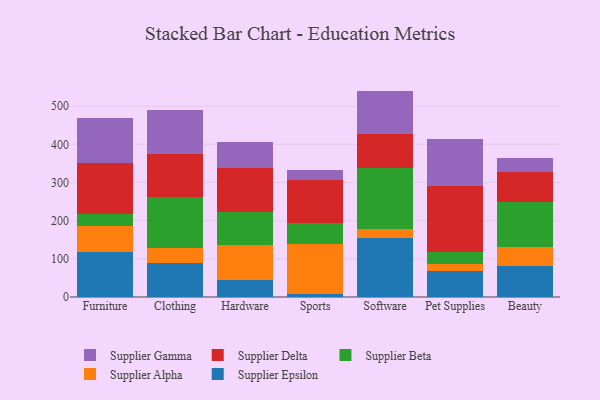
{"axis": {"x": "Category", "y": "Customer Acquisition Cost (USD)"}, "legend": ["Supplier Alpha", "Supplier Beta", "Supplier Delta", "Supplier Epsilon", "Supplier Gamma"], "data": [{"x": "Furniture", "y": 118.5, "type": "Supplier Epsilon"}, {"x": "Furniture", "y": 68.5, "type": "Supplier Alpha"}, {"x": "Furniture", "y": 29.3, "type": "Supplier Beta"}, {"x": "Furniture", "y": 135.7, "type": "Supplier Delta"}, {"x": "Furniture", "y": 118.3, "type": "Supplier Gamma"}, {"x": "Clothing", "y": 89.0, "type": "Supplier Epsilon"}, {"x": "Clothing", "y": 38.5, "type": "Supplier Alpha"}, {"x": "Clothing", "y": 135.2, "type": "Supplier Beta"}, {"x": "Clothing", "y": 110.9, "type": "Supplier Delta"}, {"x": "Clothing", "y": 117.7, "type": "Supplier Gamma"}, {"x": "Hardware", "y": 45.1, "type": "Supplier Epsilon"}, {"x": "Hardware", "y": 92.4, "type": "Supplier Alpha"}, {"x": "Hardware", "y": 85.2, "type": "Supplier Beta"}, {"x": "Hardware", "y": 116.5, "type": "Supplier Delta"}, {"x": "Hardware", "y": 67.5, "type": "Supplier Gamma"}, {"x": "Sports", "y": 8.3, "type": "Supplier Epsilon"}, {"x": "Sports", "y": 131.3, "type": "Supplier Alpha"}, {"x": "Sports", "y": 54.1, "type": "Supplier Beta"}, {"x": "Sports", "y": 113.0, "type": "Supplier Delta"}, {"x": "Sports", "y": 27.1, "type": "Supplier Gamma"}, {"x": "Software", "y": 154.1, "type": "Supplier Epsilon"}, {"x": "Software", "y": 23.4, "type": "Supplier Alpha"}, {"x": "Software", "y": 159.5, "type": "Supplier Beta"}, {"x": "Software", "y": 90.3, "type": "Supplier Delta"}, {"x": "Software", "y": 112.9, "type": "Supplier Gamma"}, {"x": "Pet Supplies", "y": 68.5, "type": "Supplier Epsilon"}, {"x": "Pet Supplies", "y": 18.3, "type": "Supplier Alpha"}, {"x": "Pet Supplies", "y": 29.9, "type": "Supplier Beta"}, {"x": "Pet Supplies", "y": 173.2, "type": "Supplier Delta"}, {"x": "Pet Supplies", "y": 124.5, "type": "Supplier Gamma"}, {"x": "Beauty", "y": 81.6, "type": "Supplier Epsilon"}, {"x": "Beauty", "y": 48.2, "type": "Supplier Alpha"}, {"x": "Beauty", "y": 120.2, "type": "Supplier Beta"}, {"x": "Beauty", "y": 76.7, "type": "Supplier Delta"}, {"x": "Beauty", "y": 36.3, "type": "Supplier Gamma"}]}